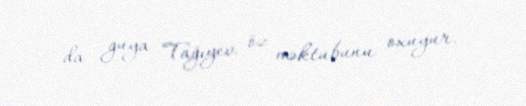
da guya Tağıyev öz məktubunu oxuyur.